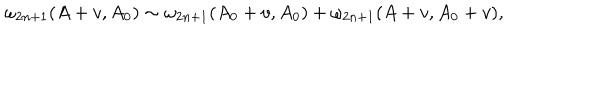
\omega _ { 2 n + 1 } ( A + v , A _ { 0 } ) \sim \omega _ { 2 n + 1 } ( A _ { 0 } + v , A _ { 0 } ) + \omega _ { 2 n + 1 } ( A + v , A _ { 0 } + v ) ,